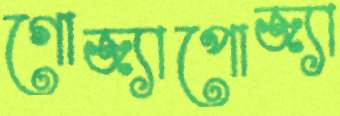
গোজ্যাপোজ্যা